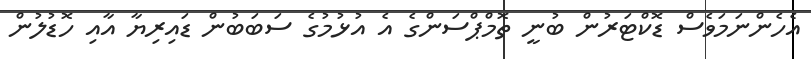
އެހެންނަމަވެސް ޑޮކްޓަރުން ބުނީ ތޮމްޕްސަންގެ އެ އުޅުމުގެ ސަބަބުން ޑައިރިޔާ އާއި ހޮޑުލުން